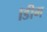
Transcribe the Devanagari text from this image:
।डीग